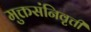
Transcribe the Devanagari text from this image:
मुक्तसंनिवृत्ती